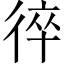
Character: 𢔙